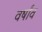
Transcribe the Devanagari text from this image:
वर्षांव